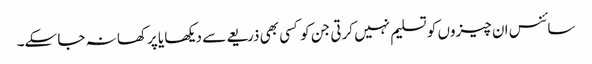
سائنس ان چیزوں کو تسلیم نہیں کرتی جن کو کسی بھی ذریعے سے دیکھا یا پرکھا نہ جا سکے۔